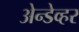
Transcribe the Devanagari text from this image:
अेन्डेव्हर